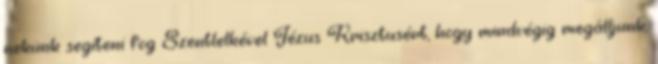
nekünk segíteni fog Szentlelkével Jézus Krisztusért, hogy mindvégig megálljunk,